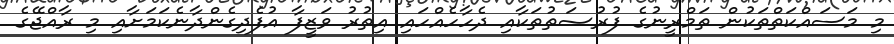
މި މަސައްކަތްތަކުން ތަމްރީނުގެ ފުރުޞަތުތަކާއި ދެހާހެއްހައި އިތުރު ވަޒީފާ އުފެދިގެންދާނެކަމަށާއި މި ރާއްޖޭގެ